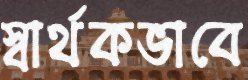
স্বার্থকভাবে